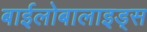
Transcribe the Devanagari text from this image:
बाईलोबालाइड्स